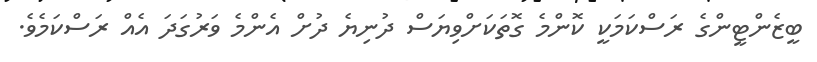
ބީޒެންޓީންގެ ރަސްކަމަކީ ކޮންމެ ގޮތަކަށްވިޔަސް ދުނިޔެ ދުށް އެންމެ ވަރުގަދަ އެއް ރަސްކަމެވެ.